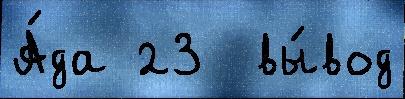
А́да 23  вы́вод